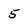
Character: 5